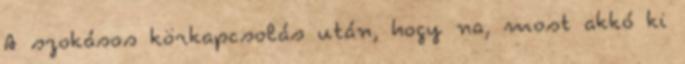
A szokásos körkapcsolás után, hogy na, most akkó ki